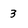
Character: 3